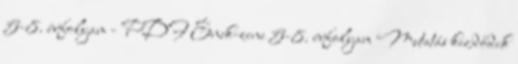
5-8. évfolyam - PDF Ének-zene 5-8. évfolyam Mutatás kezdődik